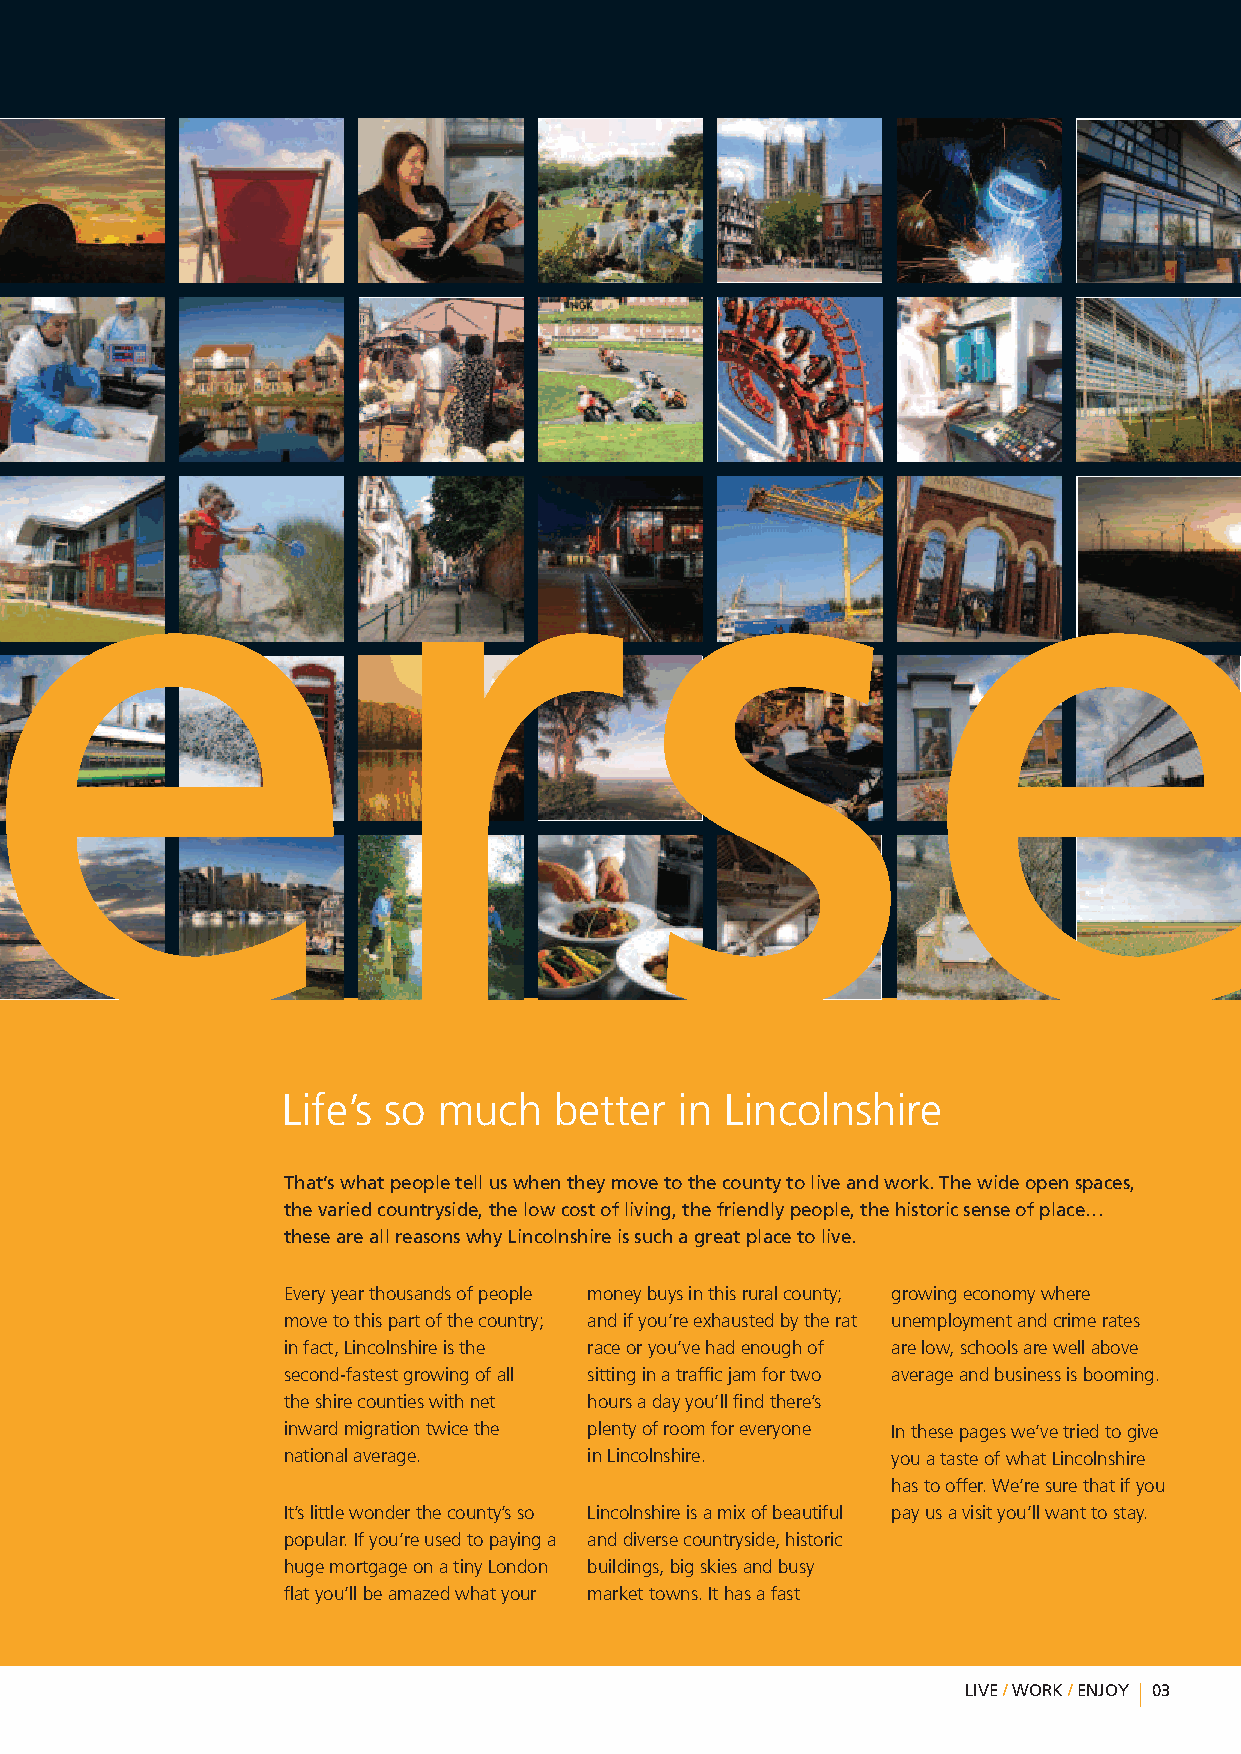
Life’s so much    better  in Lincolnshire
 That’swhatpeopletelluswhentheymovetothecountytoliveandwork.Thewideopenspaces,
 thevariedcountryside,thelowcostofliving,thefriendlypeople,thehistoricsenseofplace…
 theseareallreasonswhyLincolnshireissuchagreatplacetolive.
 Everyyearthousandsofpeople moneybuysinthisruralcounty; growingeconomywhere
 movetothispartofthecountry; andifyou’reexhaustedbytherat unemploymentandcrimerates
 infact,Lincolnshireisthe raceoryou’vehadenoughof arelow,schoolsarewellabove
 second-fastestgrowingofall sittinginatrafficjamfortwo averageandbusinessisbooming.
 theshirecountieswithnet hoursadayyou’llfindthere’s
 inwardmigrationtwicethe plentyofroomforeveryone Inthesepageswe’vetriedtogive
 nationalaverage.    inLincolnshire.     youatasteofwhatLincolnshire
 hastooffer.We’resurethatifyou
 It’slittlewonderthecounty’sso Lincolnshireisamixofbeautiful payusavisityou’llwanttostay.
 popular.Ifyou’reusedtopayinga anddiversecountryside,historic
 hugemortgageonatinyLondon buildings,bigskiesandbusy
 flatyou’llbeamazedwhatyour markettowns.Ithasafast
 LIVE/WORK/ENJOY 03